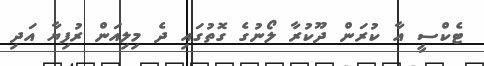
ޓެކްސީ އާ ކުރަން ދޫކުރާ ލޯނުގެ ގޮތުގައި ދެ މިލިއަން ރުފިޔާ އަދި